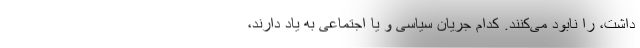
داشت، را نابود می‌کنند. کدام جریان سیاسی و یا اجتماعی به یاد دارند،